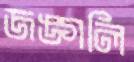
জঙ্গলি